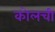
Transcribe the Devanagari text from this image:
कोलची